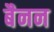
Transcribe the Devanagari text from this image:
बैनन